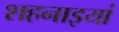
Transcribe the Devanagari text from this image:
शहनाइयां